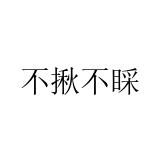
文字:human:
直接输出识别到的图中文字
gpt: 不揪不睬